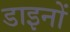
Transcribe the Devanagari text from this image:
डाइनों